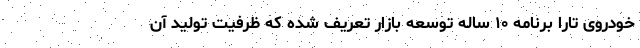
خودروی تارا برنامه ۱۰ ساله توسعه بازار تعریف شده که ظرفیت تولید آن